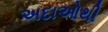
અદાઓથી